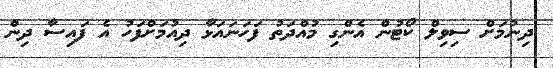
ދިނުމަށް ސިވިލް ކޯޓުން އެންގި މުއްދަތު ފަހަނައަޅާ ދިއުމަށްފަހު އެ ފައިސާ ދިން